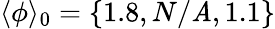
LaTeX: \langle\phi\rangle_{0}=\{ 1.8,N/\mathit{A},1.1\}